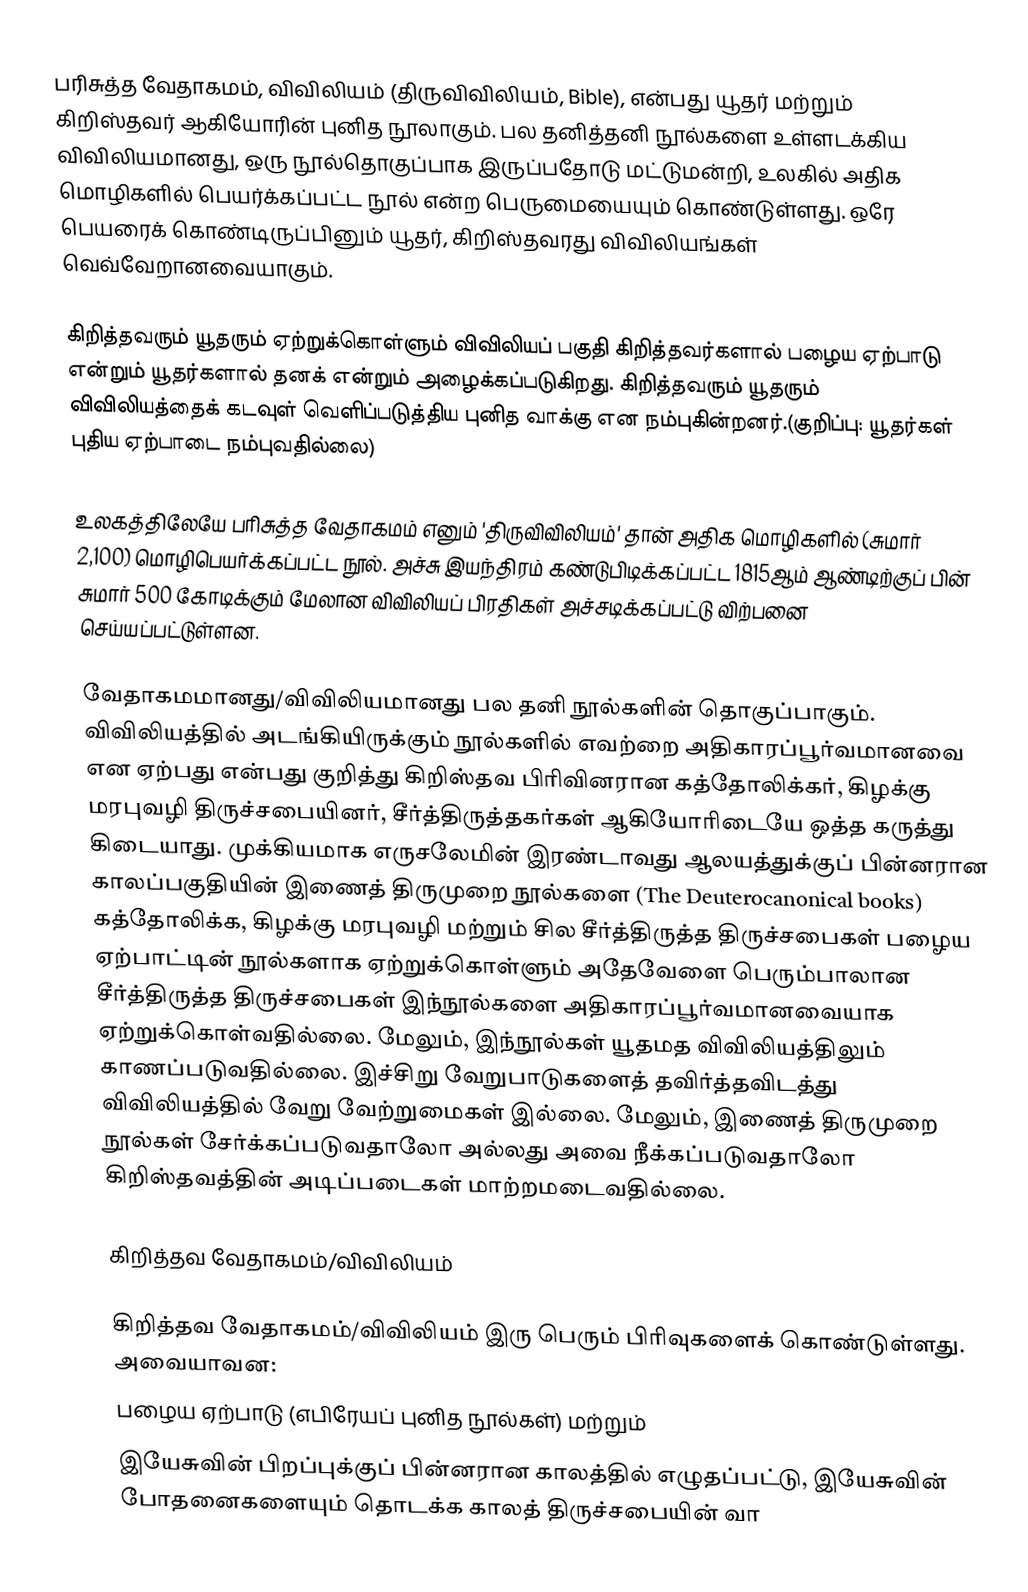
பரிசுத்த வேதாகமம், விவிலியம் (திருவிவிலியம், Bible), என்பது யூதர் மற்றும் கிறிஸ்தவர் ஆகியோரின் புனித நூலாகும். பல தனித்தனி நூல்களை உள்ளடக்கிய விவிலியமானது, ஒரு நூல்தொகுப்பாக இருப்பதோடு மட்டுமன்றி, உலகில் அதிக மொழிகளில் பெயர்க்கப்பட்ட நூல் என்ற பெருமையையும் கொண்டுள்ளது. ஒரே பெயரைக் கொண்டிருப்பினும் யூதர், கிறிஸ்தவரது விவிலியங்கள் வெவ்வேறானவையாகும்.

கிறித்தவரும் யூதரும் ஏற்றுக்கொள்ளும் விவிலியப் பகுதி கிறித்தவர்களால் பழைய ஏற்பாடு என்றும் யூதர்களால் தனக் என்றும் அழைக்கப்படுகிறது. கிறித்தவரும் யூதரும் விவிலியத்தைக் கடவுள் வெளிப்படுத்திய  புனித வாக்கு என நம்புகின்றனர்.(குறிப்பு: யூதர்கள் புதிய ஏற்பாடை நம்புவதில்லை)

உலகத்திலேயே பரிசுத்த வேதாகமம் எனும் 'திருவிவிலியம்' தான் அதிக மொழிகளில் (சுமார் 2,100) மொழிபெயர்க்கப்பட்ட நூல். அச்சு இயந்திரம் கண்டுபிடிக்கப்பட்ட 1815ஆம் ஆண்டிற்குப் பின் சுமார் 500 கோடிக்கும் மேலான விவிலியப் பிரதிகள் அச்சடிக்கப்பட்டு விற்பனை செய்யப்பட்டுள்ளன.

வேதாகமமானது/விவிலியமானது பல தனி நூல்களின் தொகுப்பாகும். விவிலியத்தில் அடங்கியிருக்கும் நூல்களில் எவற்றை அதிகாரப்பூர்வமானவை என ஏற்பது என்பது குறித்து கிறிஸ்தவ பிரிவினரான கத்தோலிக்கர், கிழக்கு மரபுவழி திருச்சபையினர், சீர்த்திருத்தகர்கள் ஆகியோரிடையே ஒத்த கருத்து கிடையாது. முக்கியமாக எருசலேமின் இரண்டாவது ஆலயத்துக்குப் பின்னரான காலப்பகுதியின் இணைத் திருமுறை நூல்களை  (The Deuterocanonical books) கத்தோலிக்க, கிழக்கு மரபுவழி மற்றும் சில சீர்த்திருத்த திருச்சபைகள் பழைய ஏற்பாட்டின் நூல்களாக ஏற்றுக்கொள்ளும் அதேவேளை பெரும்பாலான சீர்த்திருத்த திருச்சபைகள் இந்நூல்களை அதிகாரப்பூர்வமானவையாக  ஏற்றுக்கொள்வதில்லை. மேலும், இந்நூல்கள் யூதமத விவிலியத்திலும் காணப்படுவதில்லை. இச்சிறு வேறுபாடுகளைத் தவிர்த்தவிடத்து விவிலியத்தில் வேறு வேற்றுமைகள் இல்லை. மேலும், இணைத் திருமுறை நூல்கள் சேர்க்கப்படுவதாலோ அல்லது அவை நீக்கப்படுவதாலோ கிறிஸ்தவத்தின் அடிப்படைகள் மாற்றமடைவதில்லை.

கிறித்தவ வேதாகமம்/விவிலியம்

கிறித்தவ வேதாகமம்/விவிலியம் இரு பெரும் பிரிவுகளைக் கொண்டுள்ளது. அவையாவன:
 பழைய ஏற்பாடு (எபிரேயப் புனித நூல்கள்) மற்றும்
 இயேசுவின் பிறப்புக்குப் பின்னரான காலத்தில் எழுதப்பட்டு, இயேசுவின் போதனைகளையும் தொடக்க காலத் திருச்சபையின் வா